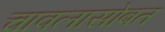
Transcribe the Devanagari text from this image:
चावलासोबत